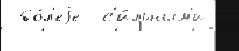
 бо́л'еjе  с'и́льным'и